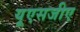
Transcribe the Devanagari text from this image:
यूएसजीए